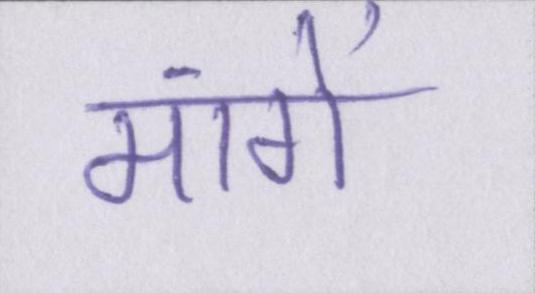
मांगें